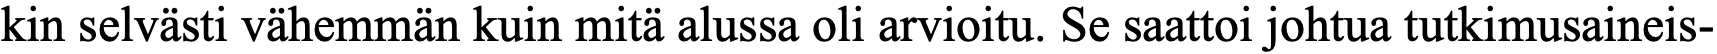
kin selvästi vähemmän kuin mitä alussa oli arvioitu. Se saattoi johtua tutkimusaineis-